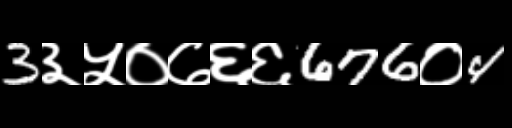
Text: 3३५०७६६676०4